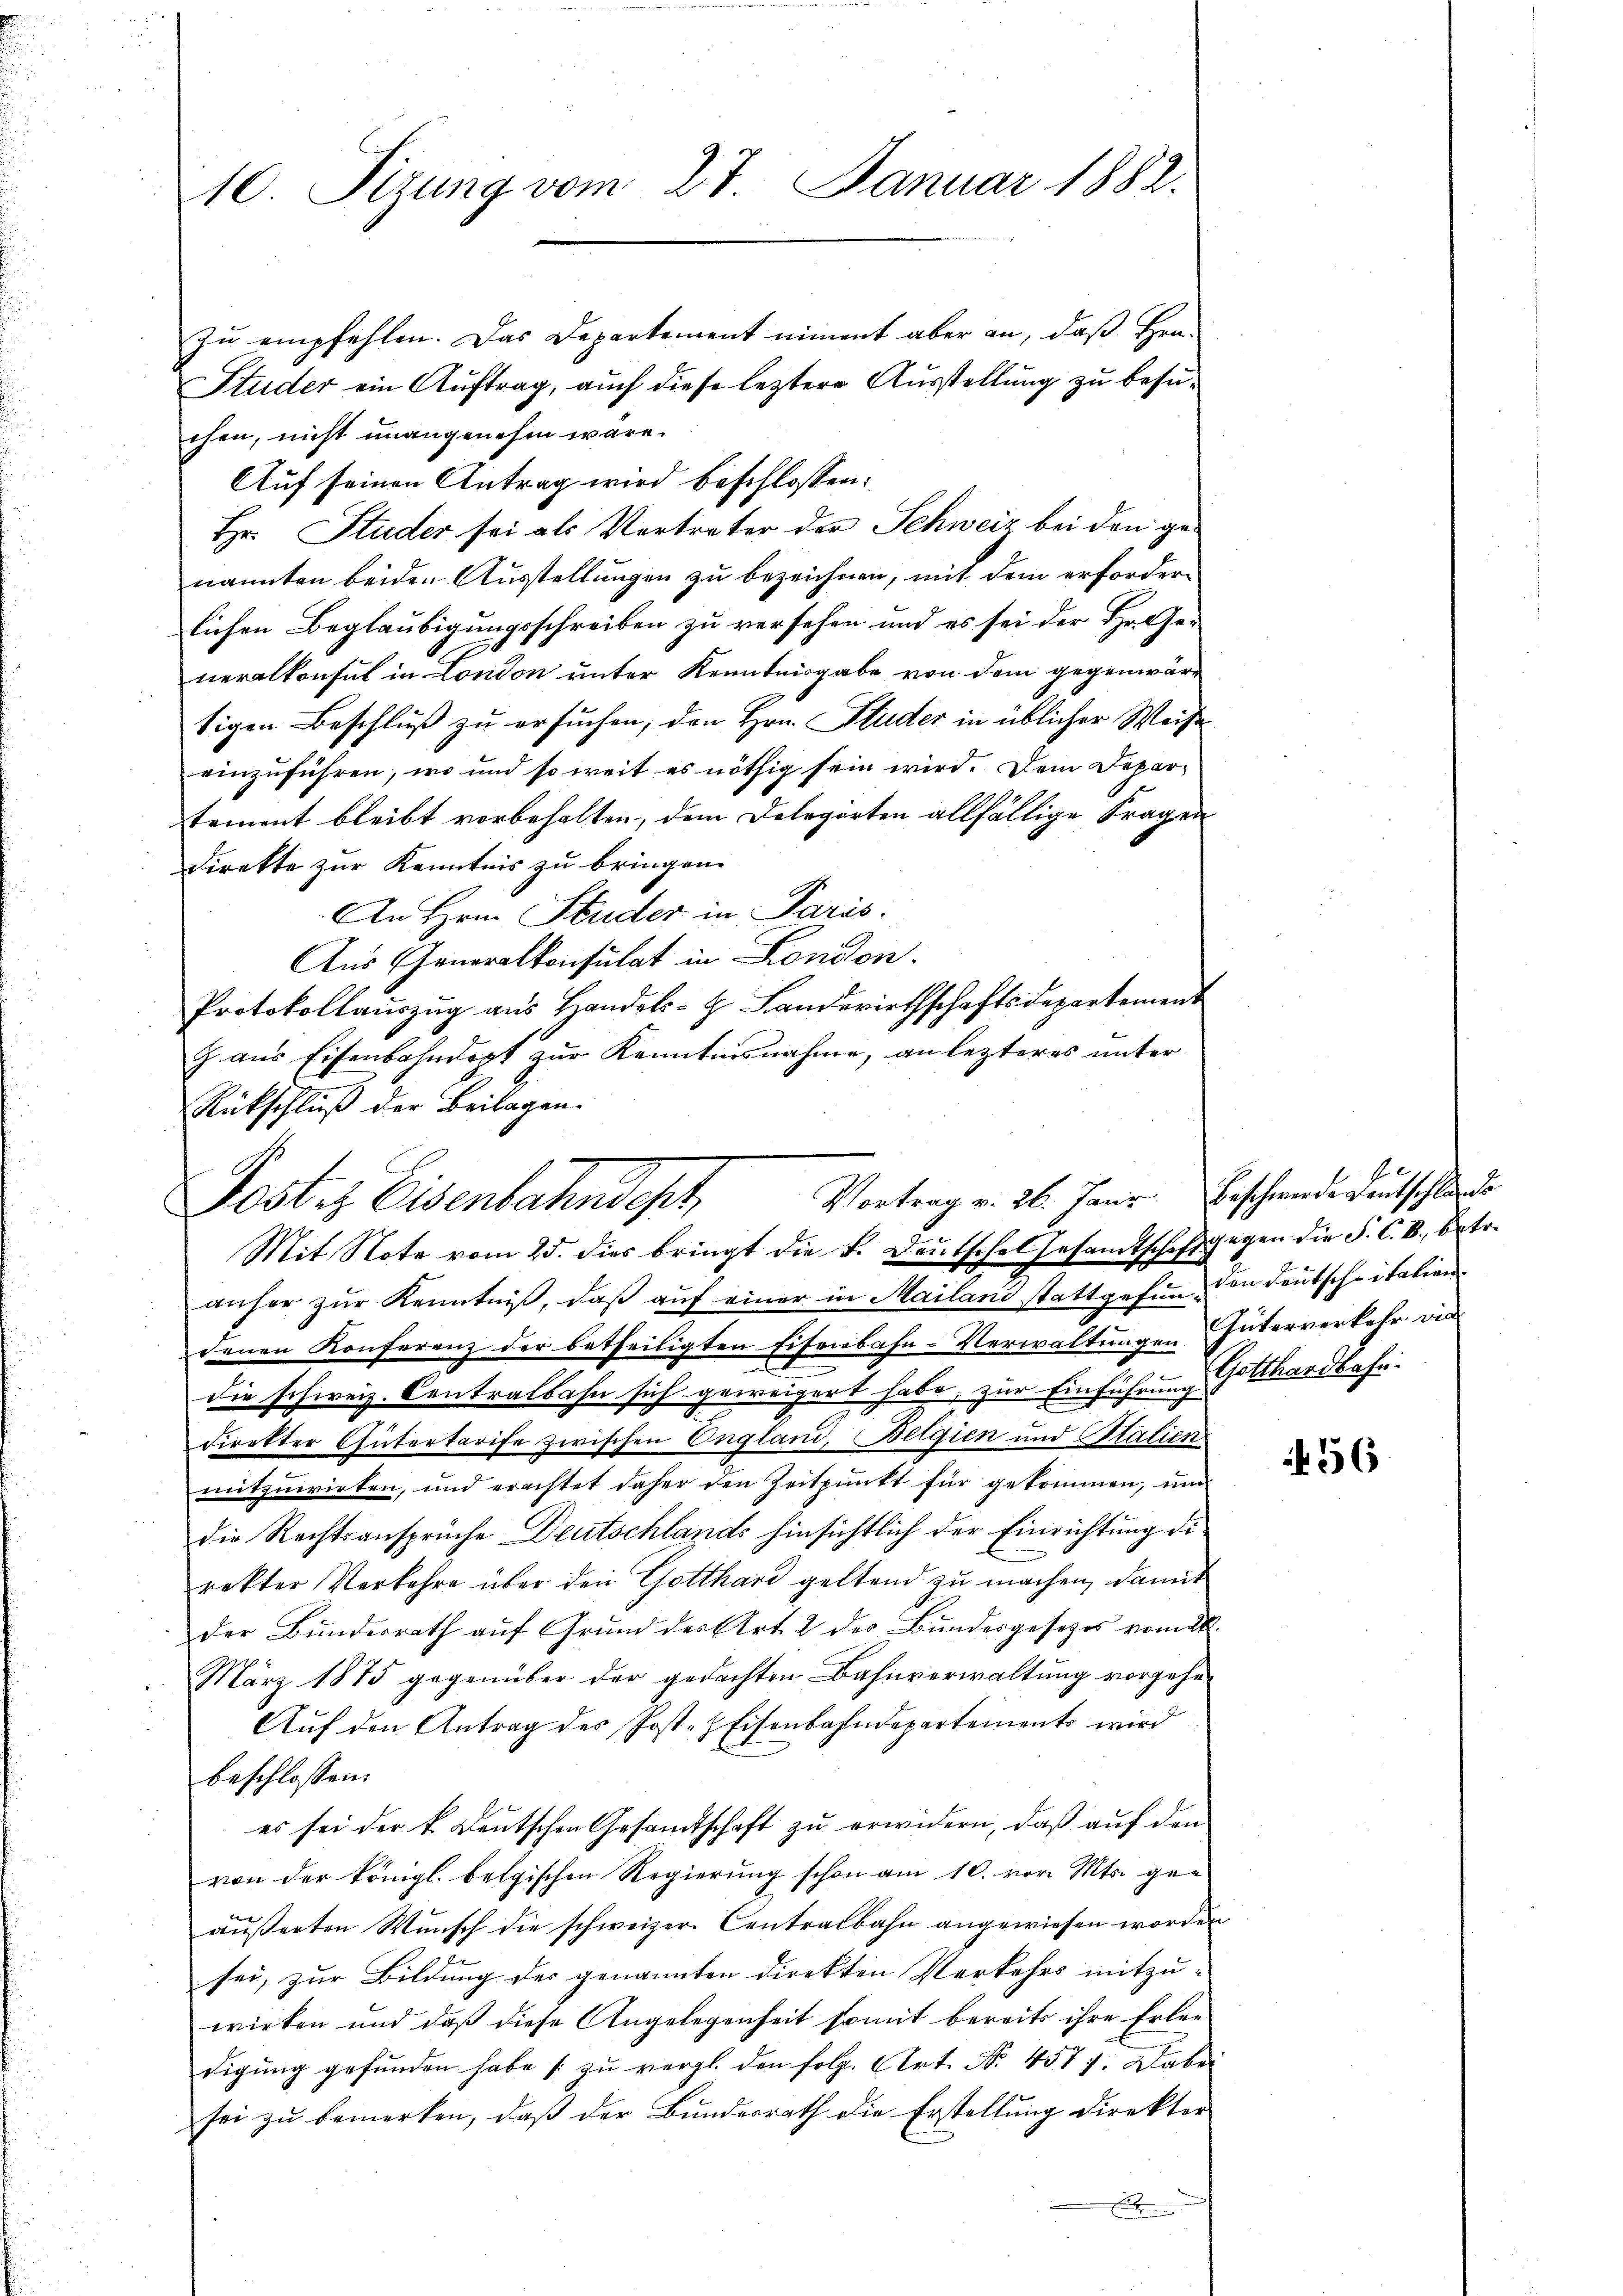
10. Sizung vom 27. Januar 1882.

zu empfehlen. Das Departement nimmt aber an, daß Her-
Studer ein Auftrag, auch diese leztere Ausstellung zu besuchen, nicht unangenehm wäre.
Auf seinen Antrag wird beschlossen:
Hr. Studer sei als Vertreter der Schweiz bei den ge-
nannten beiden Ausstellungen zu bezeichnen, mit dem erforderlichen Beglaubigungsschreiben zu versehen und es sei der Hr. Ge-
neralkonsul in London unter Kenntnisgabe von dem gegenwärtigen Beschluß zu ersuchen, den Hrn. Studer in üblicher Weise
einzuführen, wo und so weit es nöthig sein wird. Dem Departement bleibt vorbehalten, dem Delegirten allfällige Fragen
direkte zur Kenntnis zu bringen.
An Hrn. Studer in Paris.
Aus Generalkonsulat in London.
Protokollaŭszŭg aŭs Handels- Landwirthschaftsdepartement
z aus Eisenbahndert zur Kenntnisnahme, an lezteres unter
Rückschluß der Beilagen.
anher zŭr Kenntniβ, daβ aŭf einer in Mailand stattgefŭn- von deutscheitalien
denen Konferenz der betheiligten Eisenbahn-Verwaltungen Güterverkehr die
die schweiz. Centralbahn sich geweigert habe, zur Einführung Gotthardbahn.
direkter Gütertarife zwischen England, Belgien und Stalien
mitzuwirken, und erachtet daher den Zeitpunkt für gekommen, und
die Rechtsansprüche Deutschlands hinsichtlich der Einrichtung die
rakter Verkehre über den Gotthard geltend zu machen, damit
der Bundesrath auf Grund der Art. 2 des Bundesgesetzes vom 2t.
März 1875 gegenüber der gedachten Bahnverwaltung vorgehe
Auf den Antrag des Post-HEisenbahndepartement wird
beschlossen:
es sei der k. Deutschen Gesandtschaft zu erwidern, daß auf den
von der königl. belgischen Regierŭng schon am 10. vor. Mts. ge-
äußerten Wunsch die schweizer Centralbahn angewiesen worden
sei, zur Bildung des genannten direkten Verkehrs mitzu-
wirken und daß diese Angelegenheit somit bereits ihre Erledigung gefunden habe s. zu vergl. den folg. Art. No. 457 f. Dabei
sei zu bemerken, daß der Bundesrath die Erstellung direkter
E

Vortrag v. 26. Janr. Beschwerde Deutschlande
Poster Eisenbahndet,
Mit Note vom 25. dies bringt die F. Deutschel Gesamtschaft gegen die P. C. V., betr.

4556